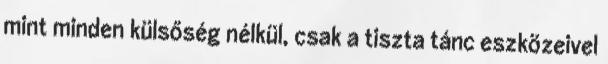
mint minden külsőség nélkül, csak a tiszta tánc eszközeivel